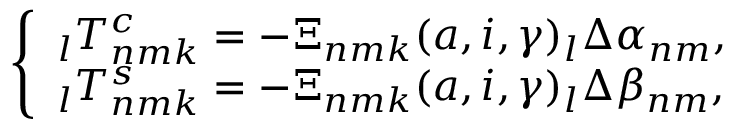
\left\{ \begin{array} { l } { \phantom { } _ { l } T _ { n m k } ^ { c } = - \Xi _ { n m k } ( a , i , \gamma ) \phantom { } _ { l } \Delta \alpha _ { n m } , } \\ { \phantom { } _ { l } T _ { n m k } ^ { s } = - \Xi _ { n m k } ( a , i , \gamma ) \phantom { } _ { l } \Delta \beta _ { n m } , } \end{array} \right.